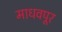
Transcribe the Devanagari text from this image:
माधवपूर